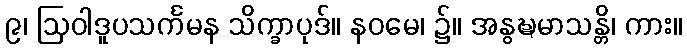
၉၊ ဩဝါဒူပသင်္ကမန သိက္ခာပုဒ်။ နဝမေ၊ ၌။ အနွဍ္ဎမာသန္တိ၊ ကား။